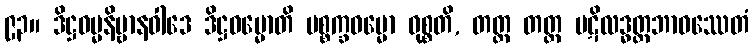
၉၃။ ဒိဋ္ဌဓမ္မနိဗ္ဗာနဝါဒေ ဒိဋ္ဌဓမ္မောတိ ပစ္စက္ခဓမ္မော ဝုစ္စတိ, တတ္ထ တတ္ထ ပဋိလဒ္ဓတ္တဘာဝဿေတံ